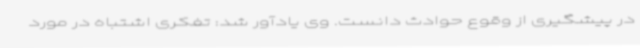
در پیشگیری از وقوع حوادث دانست. وی یادآور شد: تفکری اشتباه در مورد